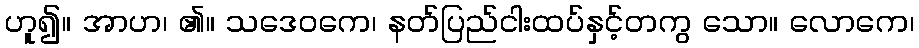
ဟူ၍။ အာဟ၊ ၏။ သဒေဝကေ၊ နတ်ပြည်ငါးထပ်နှင့်တကွ သော။ လောကေ၊